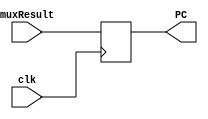
`timescale 1ns / 1ps
//////////////////////////////////////////////////////////////////////////////////
// Company: 
// Engineer: 
// 
// Design Name: 
// Module Name: Program_Counter
// Project Name: 
// Target Devices: 
// Tool Versions: 
// Description: 
// 
// Dependencies: 
// 
// Revision:
// Revision 0.01 - File Created
// Additional Comments:
// 
//////////////////////////////////////////////////////////////////////////////////


module Program_Counter(input clk, input [31:0] muxResult, output reg [31:0] PC);
    initial begin 
        PC = 32'b0;
    end 
    
    always @(posedge clk) begin 
        PC <= muxResult;
    end 
endmodule